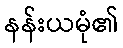
နန်းယမုံ၏